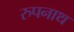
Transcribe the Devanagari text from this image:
रुपनाथ